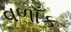
વળાઁક